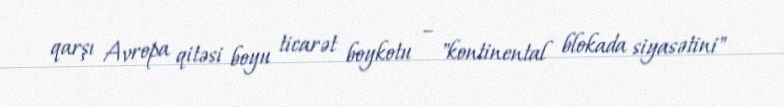
qarşı Avropa qitəsi boyu ticarət boykotu – "kontinental blokada siyasətini"